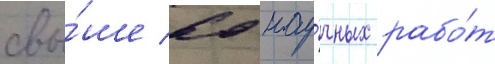
свы́ше 60 нау́чных рабо́т